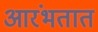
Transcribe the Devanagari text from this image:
आरंभतात